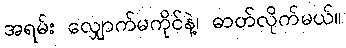
အရမ်း လျှောက်မကိုင်နဲ့၊ ဓာတ်လိုက်မယ်။